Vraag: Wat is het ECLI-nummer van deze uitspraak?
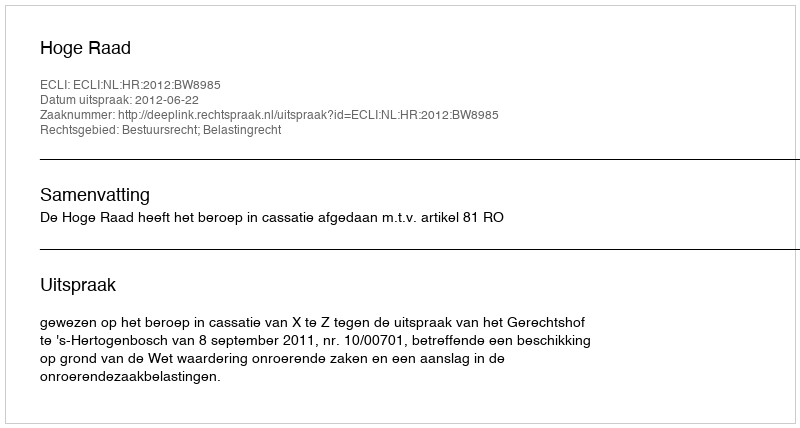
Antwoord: ECLI:NL:HR:2012:BW8985